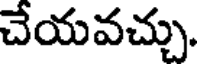
చేయవచ్చు.